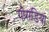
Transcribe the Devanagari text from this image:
गोराडिया